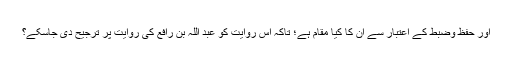
اور حفظ وضبط کے اعتبار سے ان کا کیا مقام ہے؛ تاکہ اس روایت کو عبد اللہ بن رافع کی روایت پر ترجیح دی جاسکے؟